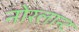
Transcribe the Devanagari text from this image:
नोरलान्ट